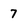
Character: 7